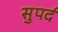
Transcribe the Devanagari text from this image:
सुपर्द